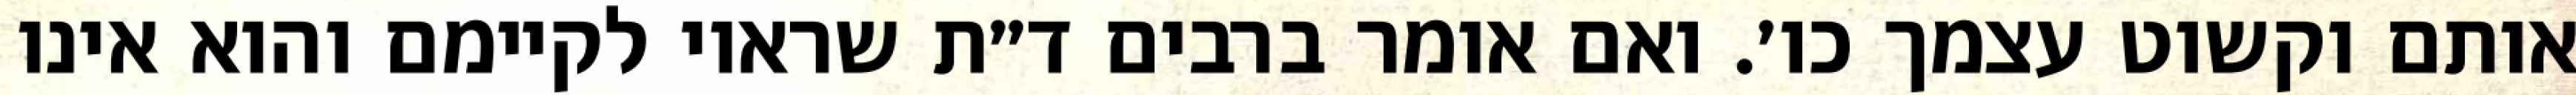
אותם וקשוט עצמך כו׳. ואם אומר ברבים ד״ת שראוי לקיימם והוא אינו